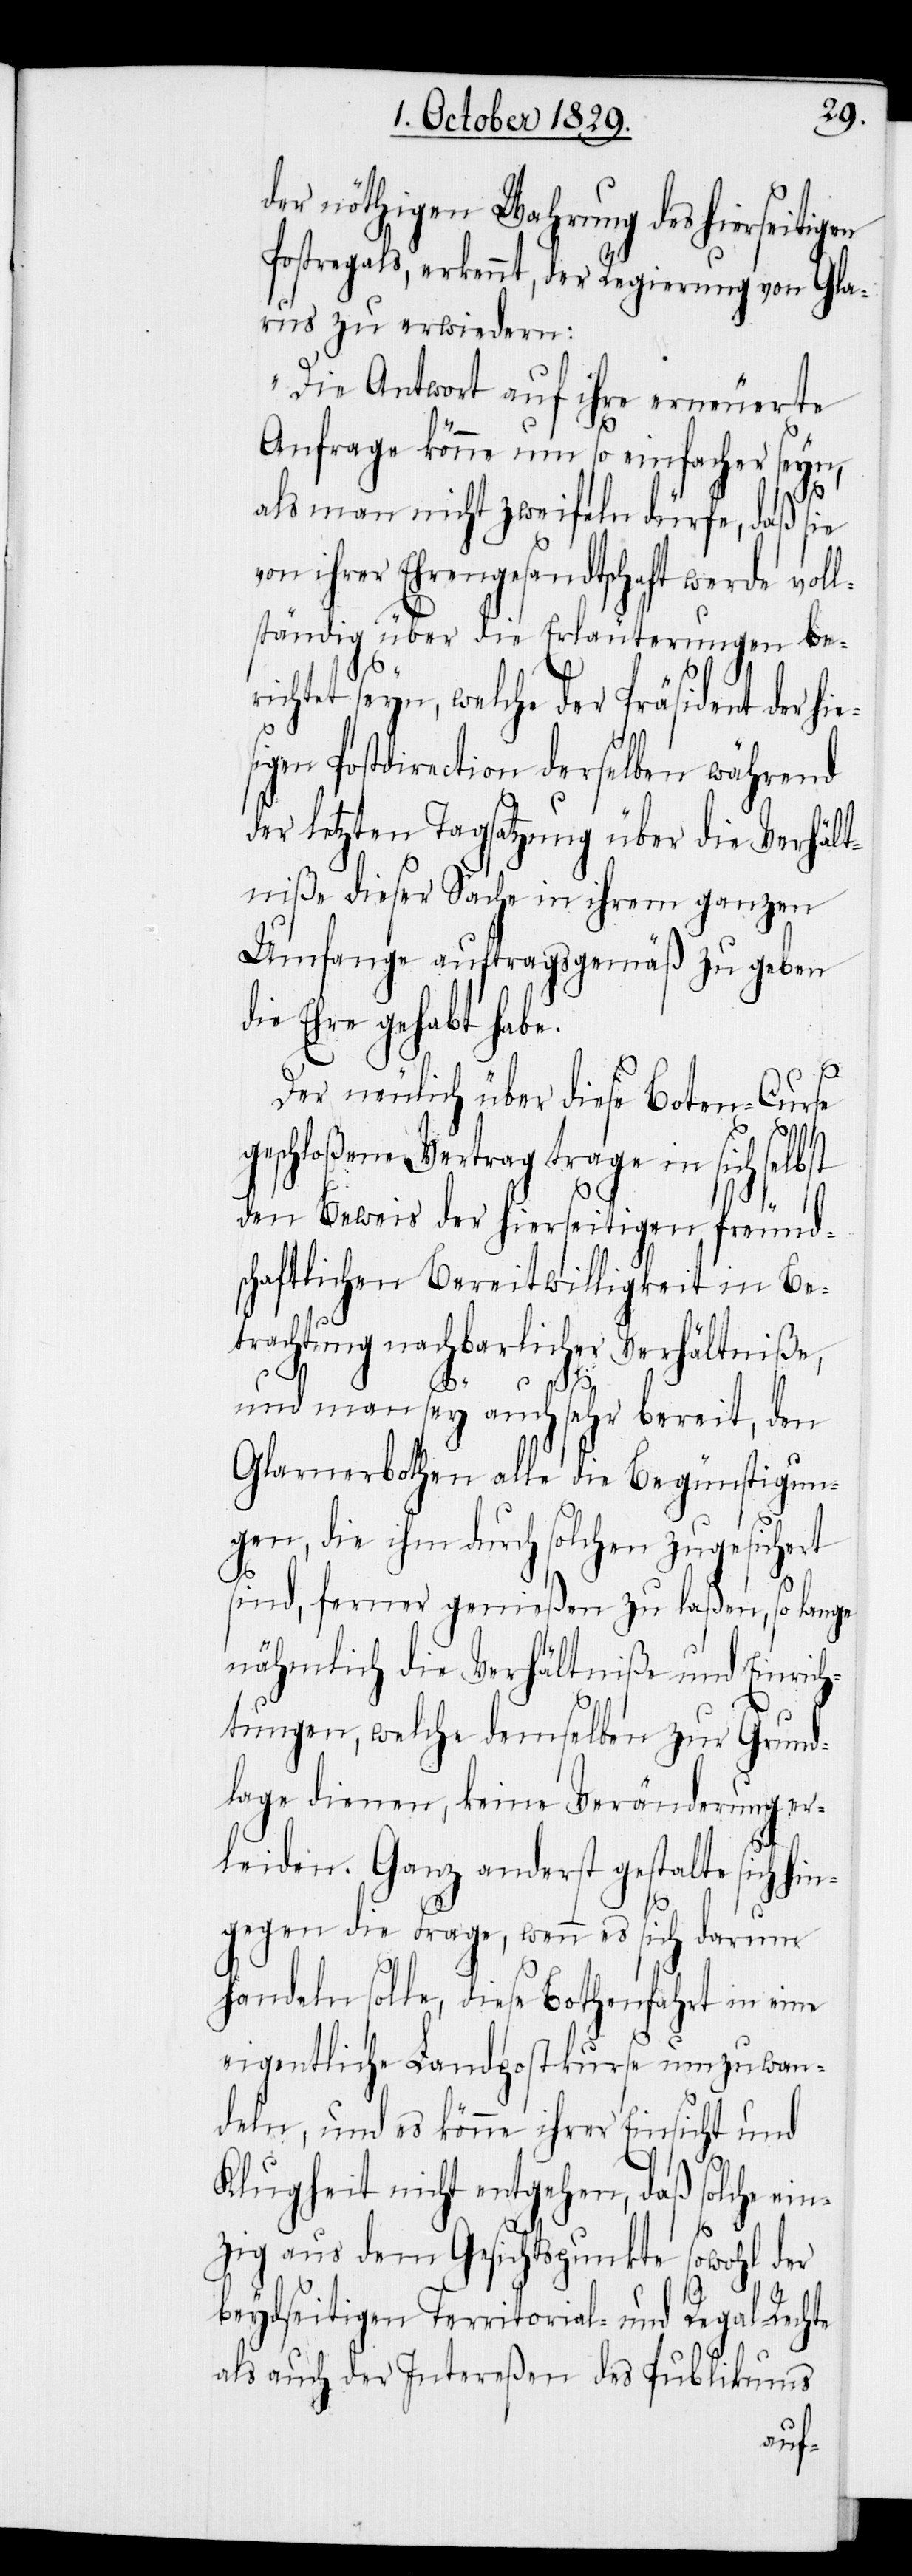
der nöthigen Wahrung des hierseitigen
Postregals, erkennt, der Regierung von Gla¬
rus zu erwiedern:
„Die Antwort auf ihre erneuerte
Anfrage könne um so einfacher seyn,
als man nicht zweifeln dürfe, daß sie
von ihrer Ehrengesandtschaft werde vol¬
lständig über die Erläuterungen ber¬
ichtet seyn, welche der Präsident der
sigen Postdirection derselben während
der letzten Tagsatzung über die Verhält¬
niße dieser Sache in ihrem ganzen
Umfange auftragsgemäß zu geben
die Ehre gehabt habe.
Der neulich über diese Boten-Curse
geschloßene Vertrag trage in sich selbst
den Beweis der hierseitigen freund¬
schaftlichen Bereitwilligkeit in Be¬
trachtung nachbarlicher Verhältniße,
hie¬
und man sey auch sehr bereit, den
Glarnerbothen alle die Begünstigun¬
gen, die ihm durch solchen zugesichert
sind, ferner genießen zu laßen, so lange
nähmlich die Verhältniße und Einrich¬
tungen, welche demselben zur Grund¬
lage dienen, keine Veränderungen
erleiden. Ganz anderst gestalte sich hin¬
gegen die Frage, wenn es sich darum
handeln solle, diese Bothenfahrt in eine
eigentliche Landpostkurse umzuwan¬
deln, und es könne ihrer Einsicht und
Klugheit nicht entgehen, daß solche ei¬
nzig aus dem Gesichtspunkte sowohl der
beydseitigen Territorial- und Regal-Rechte
als auch der Intereßen des Publikums